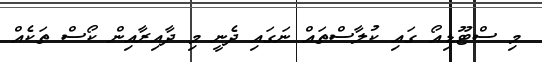
މި ސްޓޫޑިއޯ ގައި ކުލާސްތައް ނަގައި ދެނީ މި ދާއިރާއިން ކޯސް ތަކެއް